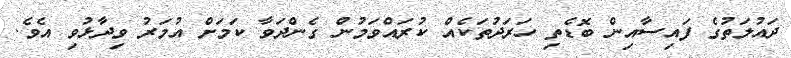
ދައުލަތުގެ ފައިސާއިން ބޮޑެތި ހަރަދުތަކެއް ކުރައްވަމުން ގެންދަވާ ކަމަށް އުމަރު ވިދާޅުވި އެވެ.